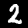
Label: 2